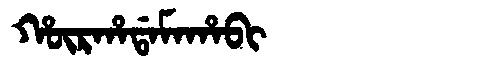
Manchu: ᡥᡡᡵᡥᠠᡩᠠᠮᠠᡥᠠᠪᡳ
Romanization: HŪRHADAMAHABI